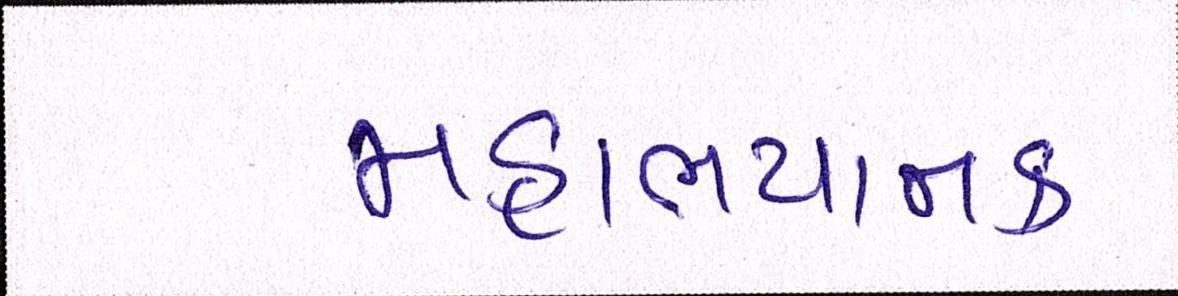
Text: મહાભયાનક